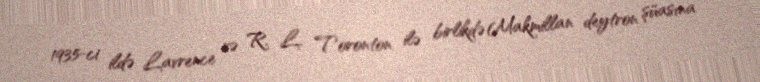
1935-ci ildə Lavrence və R. L. Toronton ilə birlikdə Makmillan deytron şüasına